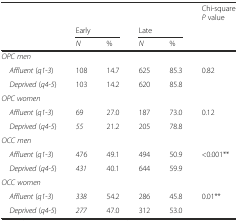
|  |  |  |  |  | Chi-square P value |
 |  | <COLSPAN=2> Early | <COLSPAN=2> Late |  |
 |  | N | % | N | % |  |
 | --- | --- | --- | --- | --- | --- |
 | <COLSPAN=5> OPC men |  |
 | Affluent (q1-3) | 108 | 14.7 | 625 | 85.3 | <ROWSPAN=2> 0.82 |
 | Deprived (q4-5) | 103 | 14.2 | 620 | 85.8 |
 | <COLSPAN=5> OPC women |  |
 | Affluent (q1-3) | 69 | 27.0 | 187 | 73.0 | <ROWSPAN=2> 0.12 |
 | Deprived (q4-5) | 55 | 21.2 | 205 | 78.8 |
 | <COLSPAN=5> OCC men |  |
 | Affluent (q1-3) | 476 | 49.1 | 494 | 50.9 | <ROWSPAN=2> <0.001** |
 | Deprived (q4-5) | 431 | 40.1 | 644 | 59.9 |
 | <COLSPAN=5> OCC women |  |
 | Affluent (q1-3) | 338 | 54.2 | 286 | 45.8 | <ROWSPAN=2> 0.01** |
 | Deprived (q4-5) | 277 | 47.0 | 312 | 53.0 |